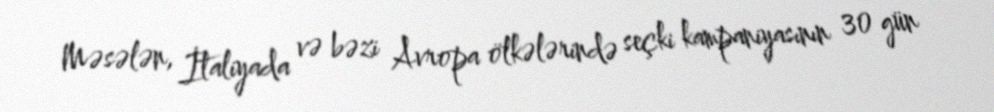
Məsələn, İtaliyada və bəzi Avropa ölkələrində seçki kampaniyasının 30 gün